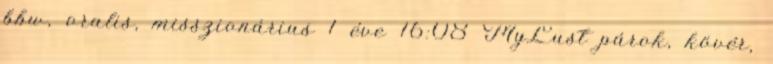
bbw, oralis, misszionárius 1 éve 16:08 MyLust párok, kövér,